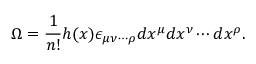
\Omega = \frac { 1 } { n ! } h ( x ) \epsilon _ { { \mu } { \nu } \cdots { \rho } } d x ^ { \mu } d x ^ { \nu } \cdots d x ^ { \rho } .